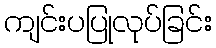
ကျင်းပပြုလုပ်ခြင်း